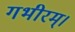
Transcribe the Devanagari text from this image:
गभीरम्।